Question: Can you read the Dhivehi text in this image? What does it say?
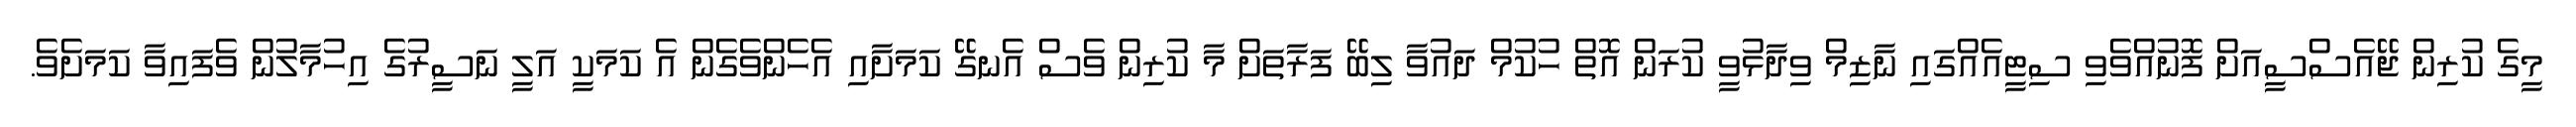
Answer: މީގެ ކުރިން ޖޭއެސްސީއަށް ފޮނުއްވެވި ސިޓީއެއްގައި ނާޒިމް ވިދާޅުވީ ކުރަން އޮތް ހުކުމް ދައުވާ ލިބޭ ފަރާތަށް މާ ކުރިން ވެސް އެނގޭ ކަމަށާއި އެހެންވެގެން އެ ކަމަކީ އަލީ ނަސީރުގެ އިހުމާލުން ވެފައިވާ ކަމަށެވެ.